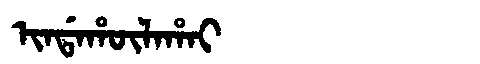
Manchu: ᡳᠨᡩᠠᡥᡡᠯᠠᡥᠠᡳ
Romanization: INDAHŪLAHAI